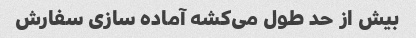
بیش از حد طول می‌کشه آماده سازی سفارش